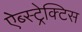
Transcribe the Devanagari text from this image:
ऐब्स्ट्रेक्टिस